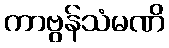
ကာဗွန်သံမဏိ